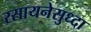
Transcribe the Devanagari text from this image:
रसायनेसुध्दा